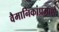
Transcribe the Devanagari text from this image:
वैमानिकांप्रमाणे